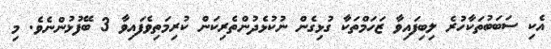
އެކި ސަބަބުތަކާހުރެ ލިބިފައިވާ ޒަހަމްތަކާ ގުޅިގެން ނުކުޅެދުންތެރިކަން ކުރިމަތިވެފައިވާ 3 ބޭފުޅުންނެވެ. މި